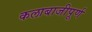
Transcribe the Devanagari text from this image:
कलाबाजीपूर्ण